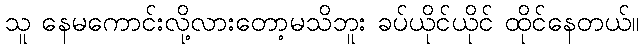
သူ နေမကောင်းလို့လားတော့မသိဘူး ခပ်ယိုင်ယိုင် ထိုင်နေတယ်။